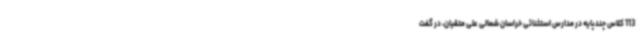
113 کلاس چندپایه در مدارس استثنائی خراسان شمالی علی متقیان، در گفت